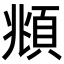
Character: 頫